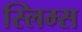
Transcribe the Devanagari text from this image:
स्लिम्स